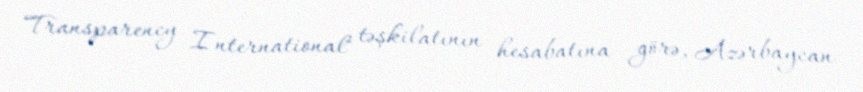
Transparency International" təşkilatının hesabatına görə, Azərbaycan